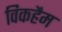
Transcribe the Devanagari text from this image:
विकहैम